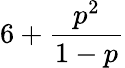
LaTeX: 6+{\frac{p^{2}}{1-p}}